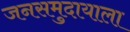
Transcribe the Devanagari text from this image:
जनसमुदायाला